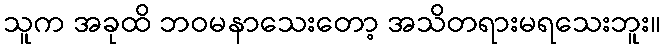
သူက အခုထိ ဘဝမနာသေးတော့ အသိတရားမရသေးဘူး။